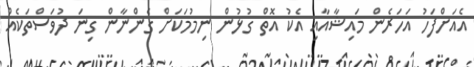
އެއަށްފަހު އަހަރެން މައިޝާއާއި އެކު އޮތް ގުޅުން ނިމުމަކަށް ގެންނާން ގިނަ ދުވަސްތަކެއް